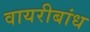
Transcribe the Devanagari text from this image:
वायरीबांध